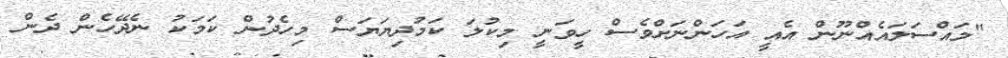
"މައްސަލައެއްނޫން އެއީ އަހަންނަށްވެސް ހީވަނީ މިކުލަ ކަމުދިޔަޔަސް މިހެދުން ކަމަކު ނެދޭހެން ދެން